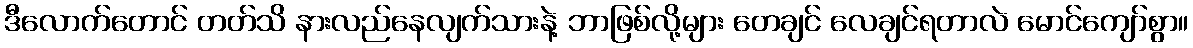
ဒီလောက်တောင် တတ်သိ နားလည်နေလျက်သားနဲ့ ဘာဖြစ်လို့များ တေချင် လေချင်ရတာလဲ မောင်ကျော်စွာ။